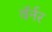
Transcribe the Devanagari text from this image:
वॅर्नर